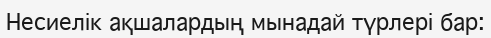
Несиелік ақшалардың мынадай түрлері бар: